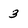
Character: 3